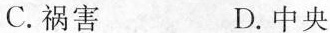
C.祸害 D.中央